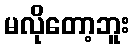
မလိုတော့ဘူး